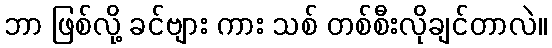
ဘာ ဖြစ်လို့ ခင်ဗျား ကား သစ် တစ်စီးလိုချင်တာလဲ။